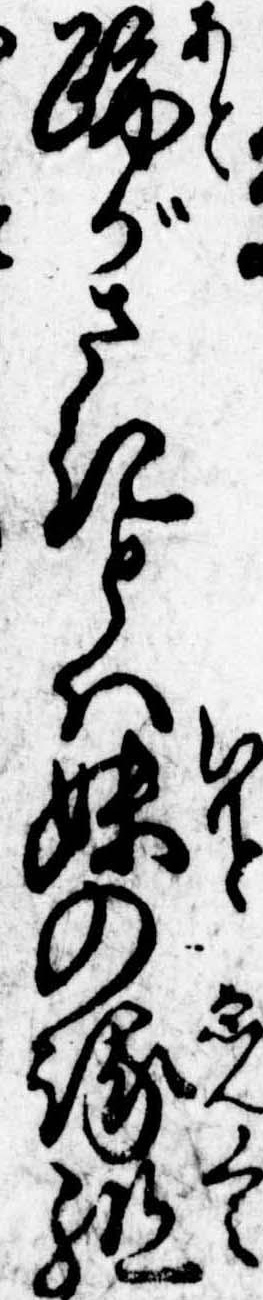
跡がさきとは妹の縁組